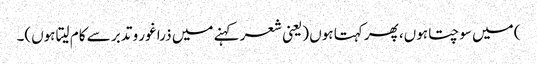
) میں سوچتا ہوں، پھر کہتا ہوں (یعنی شعر کہنے میں ذرا غور و تدبر سے کام لیتا ہوں)۔